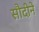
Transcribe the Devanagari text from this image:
सौदीने